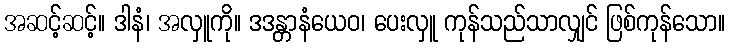
အဆင့်ဆင့်။ ဒါနံ၊ အလှူကို။ ဒဒန္တာနံယေဝ၊ ပေးလှူ ကုန်သည်သာလျှင် ဖြစ်ကုန်သော။